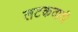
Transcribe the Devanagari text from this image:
लटकवावी